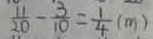
\frac { 1 1 } { 2 0 } - \frac { 3 } { 1 0 } = \frac { 1 } { 4 } ( m )